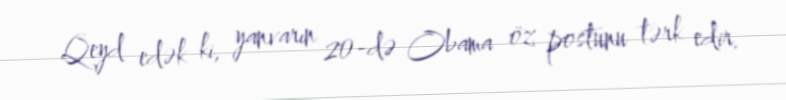
Qeyd edək ki, yanvarın 20-də Obama öz postunu tərk edir.